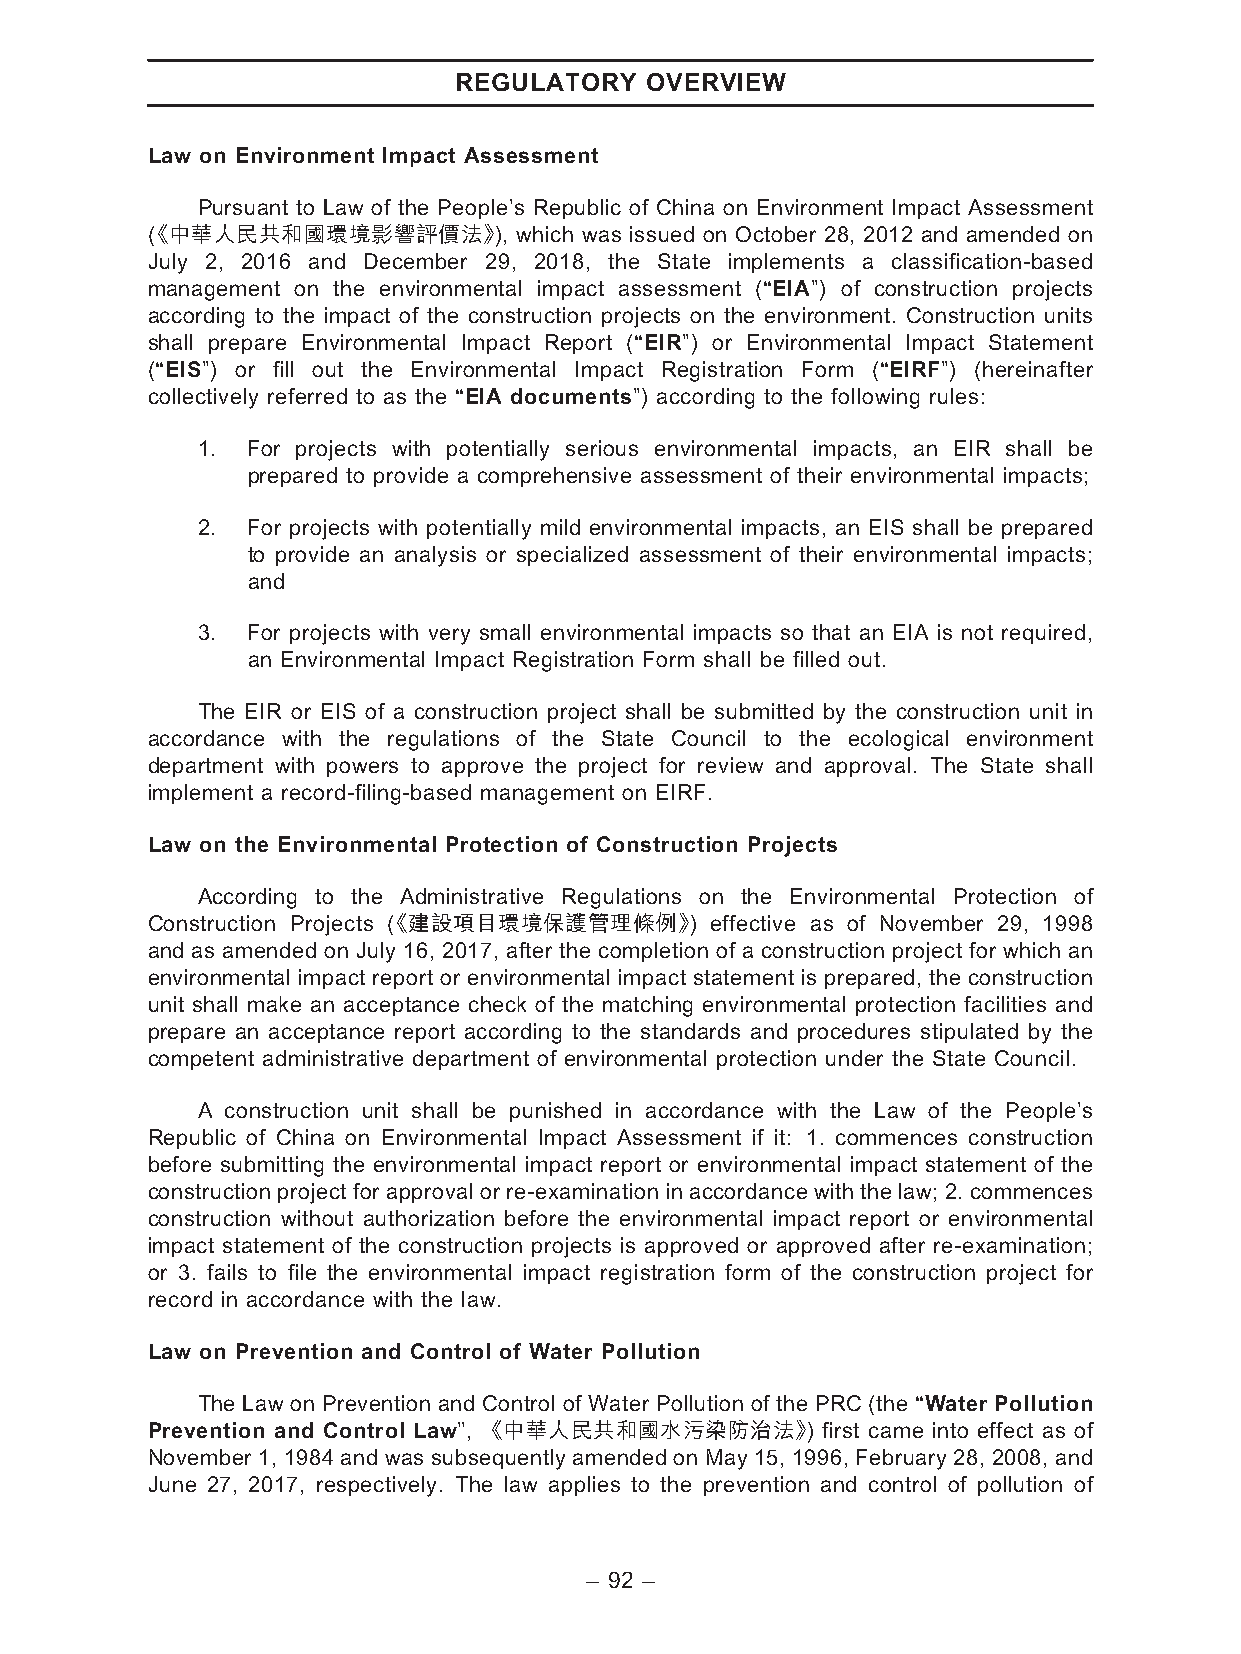
REGULATORY   OVERVIEW
 Law on Environment Impact Assessment
 Pursuant to Law of the People’s Republic of China on Environment Impact Assessment
 《( 中華人民共和國環境影響評價法》),    which was issued on October 28, 2012 and amended on
 July 2, 2016 and December 29, 2018, the State implements a classification-based
 management on the environmental impact assessment (‘‘EIA’’) of construction projects
 according to the impact of the construction projects on the environment. Construction units
 shall prepare Environmental Impact Report (‘‘EIR’’) or Environmental Impact Statement
 (‘‘EIS’’) or fill out the Environmental Impact Registration Form (‘‘EIRF’’) (hereinafter
 collectively referred to as the ‘‘EIA documents’’) according to the following rules:
 1. For projects with potentially serious environmental impacts, an EIR shall be
 prepared to provide a comprehensive assessment of their environmental impacts;
 2. For projects with potentially mild environmental impacts, an EIS shall be prepared
 to provide an analysis or specialized assessment of their environmental impacts;
 and
 3. For projects with very small environmental impacts so that an EIA is not required,
 an Environmental Impact Registration Form shall be filled out.
 The EIR or EIS of a construction project shall be submitted by the construction unit in
 accordance with the regulations of the State Council to the ecological environment
 department with powers to approve the project for review and approval. The State shall
 implement a record-filing-based management on EIRF.
 Law on the Environmental Protection of Construction Projects
 According to the Administrative Regulations on the Environmental Protection of
 Construction Projects 《( 建設項目環境保護管理條例》) effective as of November 29, 1998
 and as amended on July 16, 2017, after the completion of a construction project for which an
 environmental impact report or environmental impact statement is prepared, the construction
 unit shall make an acceptance check of the matching environmental protection facilities and
 prepare an acceptance report according to the standards and procedures stipulated by the
 competent administrative department of environmental protection under the State Council.
 A construction unit shall be punished in accordance with the Law of the People’s
 Republic of China on Environmental Impact Assessment if it: 1. commences construction
 before submitting the environmental impact report or environmental impact statement of the
 construction project for approval or re-examination in accordance with the law; 2. commences
 construction without authorization before the environmental impact report or environmental
 impact statement of the construction projects is approved or approved after re-examination;
 or 3. fails to file the environmental impact registration form of the construction project for
 record in accordance with the law.
 Law on Prevention and Control of Water Pollution
 The Law on Prevention and Control of Water Pollution of the PRC (the ‘‘Water Pollution
 Prevention and Control Law’’, 《中華人民共和國水污染防治法》) first came into effect as of
 November 1, 1984 and was subsequently amended on May 15, 1996, February 28, 2008, and
 June 27, 2017, respectively. The law applies to the prevention and control of pollution of
 – 92 –